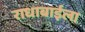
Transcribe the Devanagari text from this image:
राधाबाईला